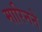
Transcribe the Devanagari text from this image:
मारिनने